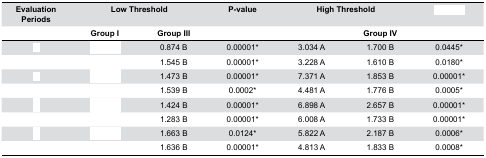
<table><thead><tr><td><b>Evaluation Periods</b></td><td colspan="2"><b>Low Threshold</b></td><td><b>P-value</b></td><td colspan="2"><b>High Threshold</b></td><td>[EMPTY_CELL]</td></tr><tr><td>[EMPTY_CELL]</td><td><b>Group I</b></td><td><b>Group III</b></td><td>[EMPTY_CELL]</td><td>[EMPTY_CELL]</td><td><b>Group IV</b></td><td>[EMPTY_CELL]</td></tr></thead><tbody><tr><td>[EMPTY_CELL]</td><td>[EMPTY_CELL]</td><td>0.874 B</td><td>0.00001*</td><td>3.034 A</td><td>1.700 B</td><td>0.0445*</td></tr><tr><td>[EMPTY_CELL]</td><td>[EMPTY_CELL]</td><td>1.545 B</td><td>0.00001*</td><td>3.228 A</td><td>1.610 B</td><td>0.0180*</td></tr><tr><td>[EMPTY_CELL]</td><td>[EMPTY_CELL]</td><td>1.473 B</td><td>0.00001*</td><td>7.371 A</td><td>1.853 B</td><td>0.00001*</td></tr><tr><td>[EMPTY_CELL]</td><td>[EMPTY_CELL]</td><td>1.539 B</td><td>0.0002*</td><td>4.481 A</td><td>1.776 B</td><td>0.0005*</td></tr><tr><td>[EMPTY_CELL]</td><td>[EMPTY_CELL]</td><td>1.424 B</td><td>0.00001*</td><td>6.898 A</td><td>2.657 B</td><td>0.00001*</td></tr><tr><td>[EMPTY_CELL]</td><td>[EMPTY_CELL]</td><td>1.283 B</td><td>0.00001*</td><td>6.008 A</td><td>1.733 B</td><td>0.00001*</td></tr><tr><td>[EMPTY_CELL]</td><td>[EMPTY_CELL]</td><td>1.663 B</td><td>0.0124*</td><td>5.822 A</td><td>2.187 B</td><td>0.0006*</td></tr><tr><td>[EMPTY_CELL]</td><td>[EMPTY_CELL]</td><td>1.636 B</td><td>0.00001*</td><td>4.813 A</td><td>1.833 B</td><td>0.0008*</td></tr></tbody></table>